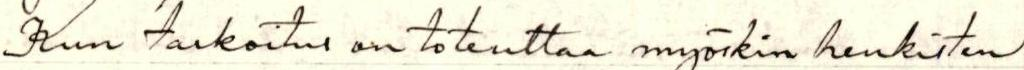
Kun tarkoitus on toteuttaa myöskin henkisten